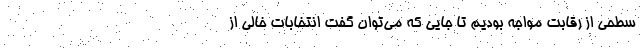
سطحی از رقابت مواجه بودیم تا جایی که می‌توان گفت انتخابات خالی از